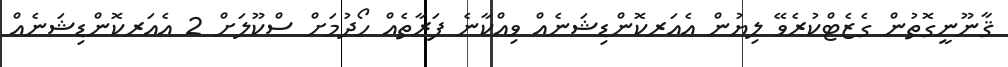
ޤާނޫނީގޮތުން ގެޒެޓްކުރެވޭ ލިޔުން އެއަރކޮންޑިޝަނެއް ވިއްކާނެ ފަރާތެއް ހޯދުމަށް ސްކޫލަށް 2 އެއަރކޮންޑިޝަނެއް